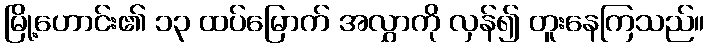
မြို့ဟောင်း၏ ၁၃ ထပ်မြောက် အလွှာကို လှန်၍ တူးနေကြသည်။